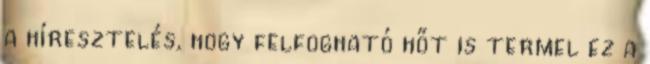
a híresztelés, hogy felfogható hőt is termel ez a